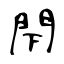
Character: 閇